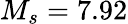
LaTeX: M_{s}=7.92